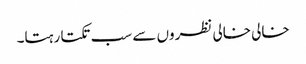
خالی خالی نظروں سے سب تکتا رہتا۔